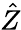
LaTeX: \hat{Z}